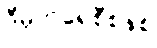
ဒီမိုကရေစီစနစ်